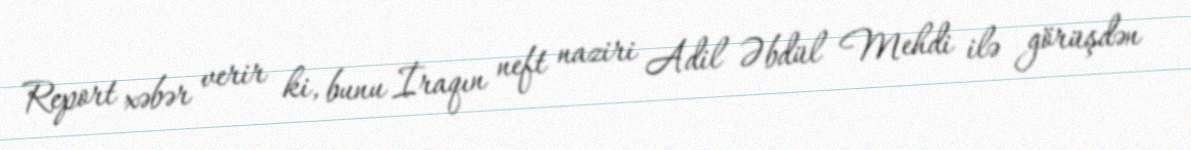
Report xəbər verir ki, bunu İraqın neft naziri Adil Əbdül Mehdi ilə görüşdən